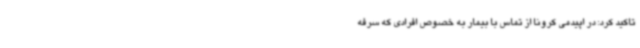
تاکید کرد: در اپیدمی کرونا از تماس با بیمار به خصوص افرادی که سرفه